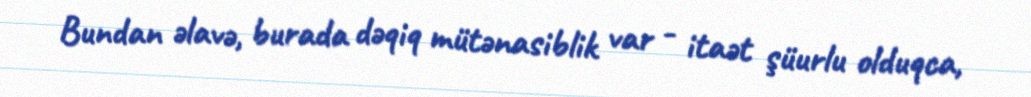
Bundan əlavə, burada dəqiq mütənasiblik var - itaət şüurlu olduqca,